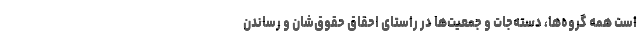
است همه گروه‌ها، دسته‌جات و جمعیت‌ها در راستای احقاق حقوق‌شان و رساندن